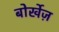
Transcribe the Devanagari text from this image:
बोर्खेज़